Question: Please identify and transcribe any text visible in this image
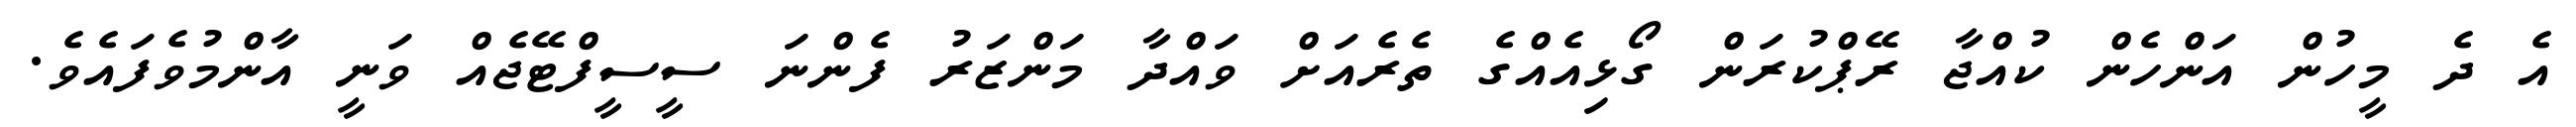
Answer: އެ ދެ މީހުން އަންހެން ކުއްޖާ ރޭޕްކުރަން ގޯޅިއެއްގެ ތެރެއަށް ވައްދާ މަންޒަރު ފެންނަ ސީސީފްޓޭޖެއް ވަނީ އާންމުވެފައެވެ.